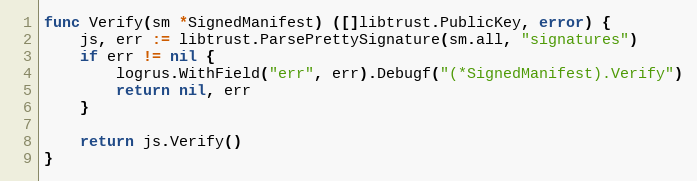
Language: Go
func Verify(sm *SignedManifest) ([]libtrust.PublicKey, error) {
	js, err := libtrust.ParsePrettySignature(sm.all, "signatures")
	if err != nil {
		logrus.WithField("err", err).Debugf("(*SignedManifest).Verify")
		return nil, err
	}

	return js.Verify()
}